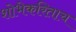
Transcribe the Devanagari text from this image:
शोभेकरिताच